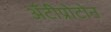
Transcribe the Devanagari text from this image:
अँटीप्रोटोन